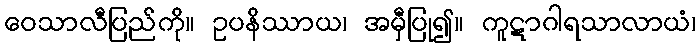
ဝေသာလီပြည်ကို။ ဥပနိဿာယ၊ အမှီပြု၍။ ကူဋာဂါရသာလာယံ၊